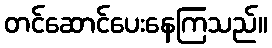
တင်ဆောင်ပေးနေကြသည်။